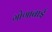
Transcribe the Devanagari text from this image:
गोणाबाई